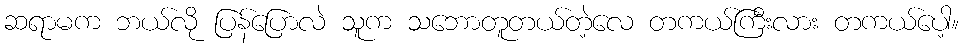
ဆရာမက ဘယ်လို ပြန်ပြောလဲ သူက သဘောတူတယ်တဲ့လေ တကယ်ကြီးလား တကယ်ပေါ့။